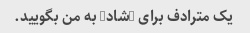
یک مترادف برای "شاد" به من بگویید.